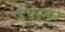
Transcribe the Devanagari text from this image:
डंपस्टर